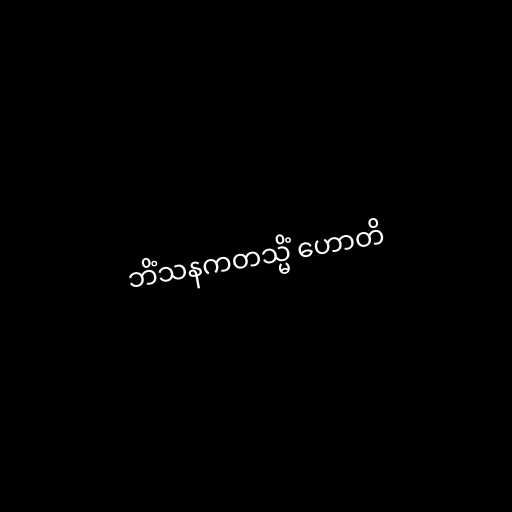
ဘိံသနကတသ္မိံ ဟောတိ